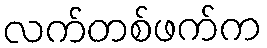
လက်တစ်ဖက်က